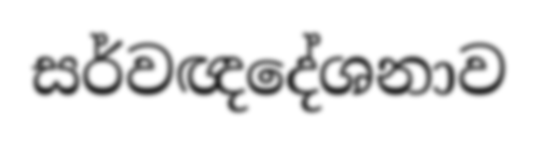
සර්වඥදේශනාව